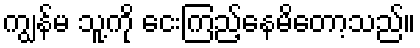
ကျွန်မ သူ့ကို ငေးကြည့်နေမိတော့သည်။